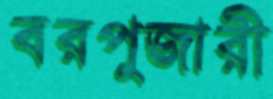
বরপুজারী